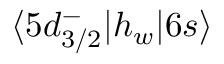
\langle 5 d _ { 3 / 2 } ^ { - } | h _ { w } | 6 s \rangle